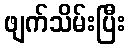
ဖျက်သိမ်းပြီး